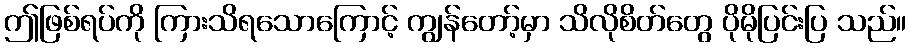
ဤဖြစ်ရပ်ကို ကြားသိရသောကြောင့် ကျွန်တော့်မှာ သိလိုစိတ်တွေ ပိုမိုပြင်းပြ သည်။